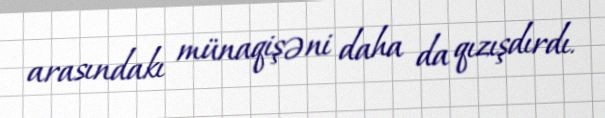
arasındakı münaqişəni daha da qızışdırdı.